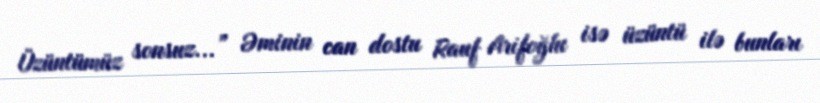
Üzüntümüz sonsuz...” Əminin can dostu Rauf Arifoğlu isə üzüntü ilə bunları